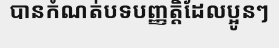
បានកំណត់បទបញ្ញត្តិដែលប្អូនៗ